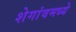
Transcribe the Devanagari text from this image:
शेगांवमध्ये